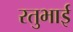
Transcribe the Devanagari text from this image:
रतुभाई